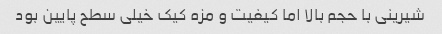
شیرینی با حجم بالا اما کیفیت و مزه کیک خیلی سطح پایین بود